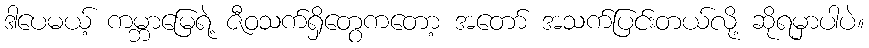
ဒါပေမယ့် ကမ္ဘာမြေရဲ့ ဇီဝသက်ရှိတွေကတော့ အတော် အသက်ပြင်းတယ်လို့ ဆိုရမှာပါပဲ။